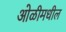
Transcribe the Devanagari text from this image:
ओळीमधील